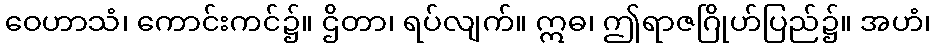
ဝေဟာသံ၊ ကောင်းကင်၌။ ဌိတာ၊ ရပ်လျက်။ ဣဓ၊ ဤရာဇဂြိုဟ်ပြည်၌။ အဟံ၊